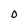
Character: 0